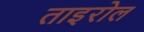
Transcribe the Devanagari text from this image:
ताइरोल